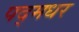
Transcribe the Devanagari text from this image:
पद्मधर